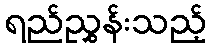
ရည်ညွှန်းသည့်